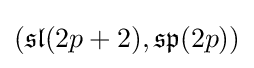
({\mathfrak {sl}}(2p+2),{\mathfrak {sp}}(2p))